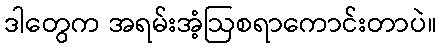
ဒါတွေက အရမ်းအံ့ဩစရာကောင်းတာပဲ။